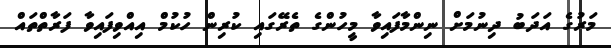
މަރުގެ އަދަބު ދިނުމަށް ނިންމާފައިވާ މީހުންގެ ތެރޭގައި ކުރިން ހުކުމް އިއްވިފައިވާ ފަރާތްތައް